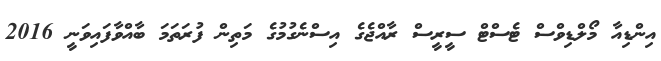
އިންޑިއާ މޯލްޑިވްސް ޓެސްޓް ސީރީސް ރާއްޖެގެ އިސްނެގުމުގެ މަތިން ފުރަތަމަ ބާއްވާފައިވަނީ 2016